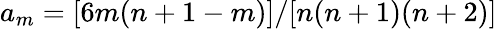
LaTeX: a_{m}=[6m(n+1-m)]/[n(n+1)(n+2)]